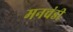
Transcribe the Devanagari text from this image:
मनचंडी